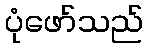
ပုံဖော်သည်